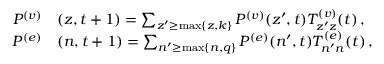
\begin{array} { r } { \begin{array} { r l } { P ^ { ( v ) } } & { { } ( z , t + 1 ) = \sum _ { z ^ { \prime } \ge \operatorname* { m a x } \lbrace z , k \rbrace } P ^ { ( v ) } ( z ^ { \prime } , t ) T _ { z ^ { \prime } z } ^ { ( v ) } ( t ) \, , } \\ { P ^ { ( e ) } } & { { } ( n , t + 1 ) = \sum _ { n ^ { \prime } \ge \operatorname* { m a x } \lbrace n , q \rbrace } P ^ { ( e ) } ( n ^ { \prime } , t ) T _ { n ^ { \prime } n } ^ { ( e ) } ( t ) \, , } \end{array} } \end{array}